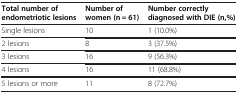
| Total number of endometriotic lesions | Number of women (n = 61) | Number correctly diagnosed with DIE (n,%) |
 | --- | --- | --- |
 | Single lesions | 10 | 1 (10.0%) |
 | 2 lesions | 8 | 3 (37.5%) |
 | 3 lesions | 16 | 9 (56.3%) |
 | 4 lesions | 16 | 11 (68.8%) |
 | 5 lesions or more | 11 | 8 (72.7%) |